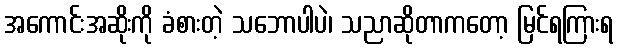
အကောင်းအဆိုးကို ခံစားတဲ့ သဘောပါပဲ၊ သညာဆိုတာကတော့ မြင်ရကြားရ